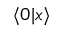
\langle 0 | x \rangle